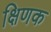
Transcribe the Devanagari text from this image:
क्षिणक